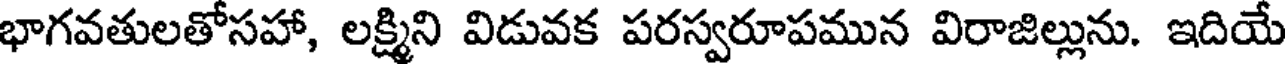
భాగవతులతోసహా, లక్ష్మిని విడువక పరస్వరూపమున విరాజిల్లును. ఇదియే